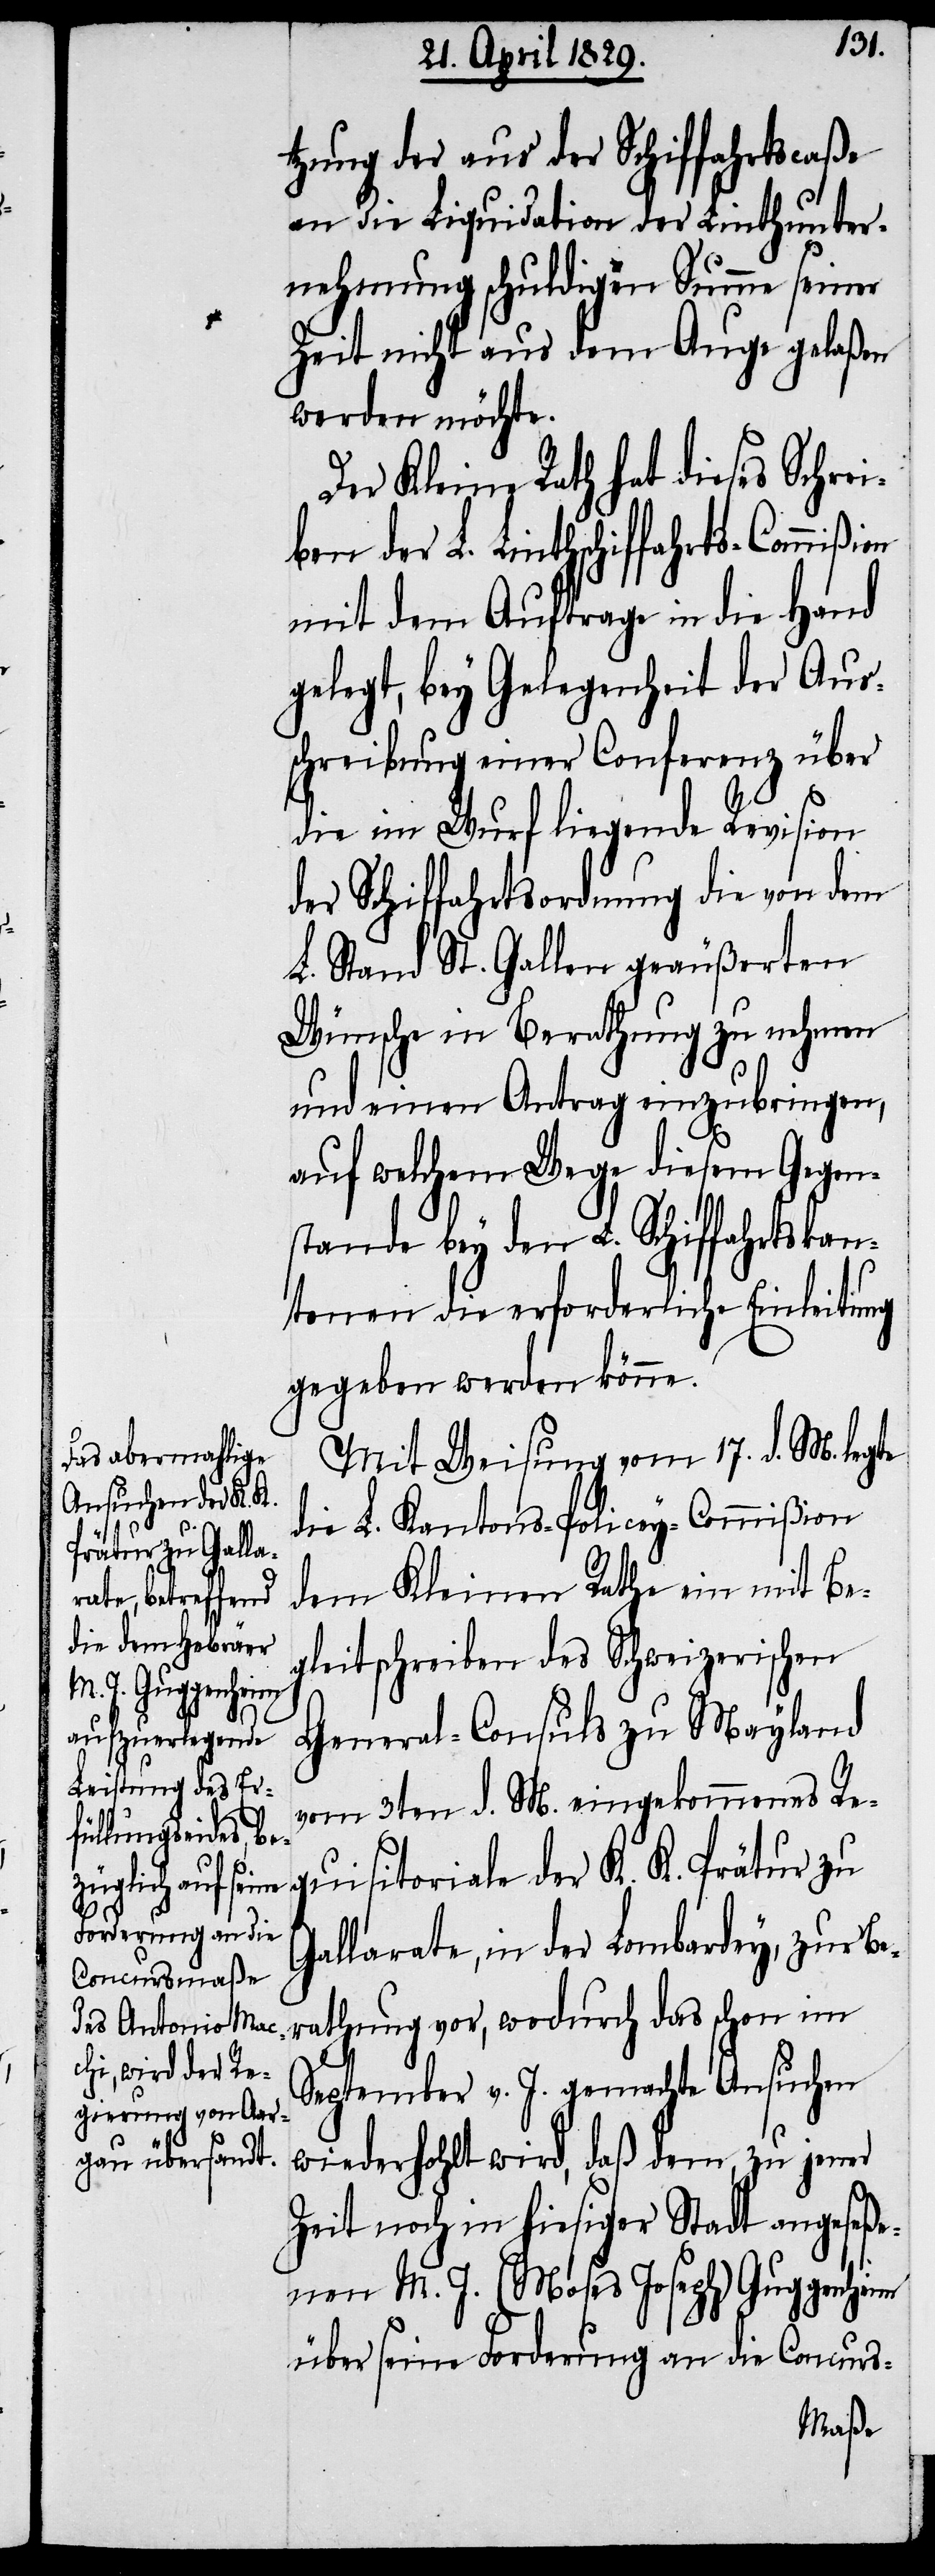
tzung der aus der Schiffahrtscaße
an die Liquidation der Linthunter¬
nehmung schuldigen Summe seiner
Zeit nicht aus dem Auge gelaßen
werden möchte.
Der Kleine Rath hat dieses Schrei¬
ben der L. Linthschiffahrts-Commißion
mit dem Auftrage in die Hand
gelegt, bey Gelegenheit der Aus¬
schreibung einer Conferenz über
die im Wurf liegende Revision
der Schiffahrtsordnung die von dem
L. Stand St. Gallen geäußerten
Wünsche in Berathung zu nehmen
und einen Antrag einzubringen,
auf welchem Wege diesem Gegen¬
stande bey den L. Schiffahrtskan¬
tonen die erforderliche Einleitung
gegeben werden könne.
Mit Weisung vom 17. d. M. legte
die L. Kantons-Policey-Commißion
dem Kleinen Rathe ein mit Be¬
gleitschreiben des Schweizerischen
General-Consuls zu Mayland
vom 3ten d. M. eingekommenes Re¬
quisitoriale der K. K. Prätur zu
Gallarate, in der Lombardey, zur Be¬
rathung vor, wodurch das schon im
September v. J. gemachte Ansuchen
wiederholt wird, daß dem, zu jener
Zeit noch in hiesiger Stadt angeseße¬
nen M. J. (Moses Joseph) Guggenheim
über seine Forderung an die Concurs-